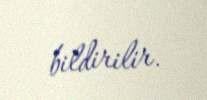
bildirilir.